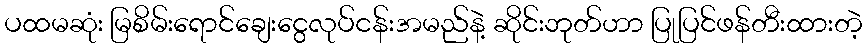
ပထမဆုံး မြစိမ်းရောင်ချေးငွေလုပ်ငန်းအမည်နဲ့ ဆိုင်းဘုတ်ဟာ ပြုပြင်ဖန်တီးထားတဲ့